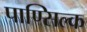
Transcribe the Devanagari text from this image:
पाण्सिल्क